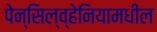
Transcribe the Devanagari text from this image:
पेन्सिल्व्हेनियामधील